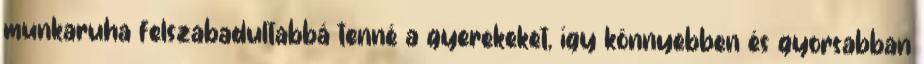
munkaruha felszabadultabbá tenné a gyerekeket, így könnyebben és gyorsabban